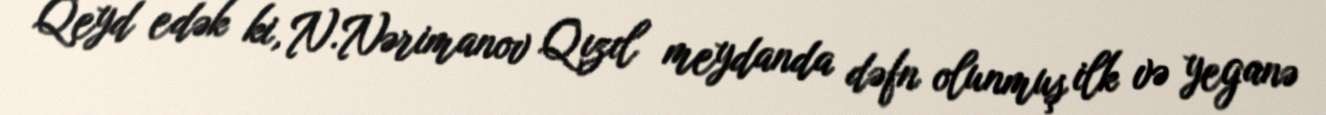
Qeyd edək ki, N.Nərimanov Qızıl meydanda dəfn olunmuş ilk və yeganə